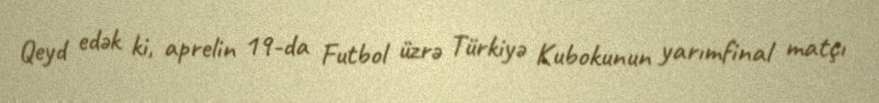
Qeyd edək ki, aprelin 19-da Futbol üzrə Türkiyə Kubokunun yarımfinal matçı